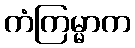
ကံကြမ္မာက